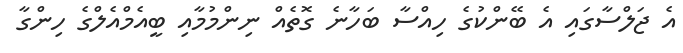
އެ ޖަލްސާގައި އެ ބޭންކުގެ ހިއްސާ ބަހާނެ ގޮތެއް ނިންމުމާއި ބީއެމްއެލްގެ ހިންގާ